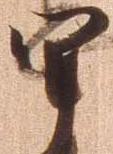
軍